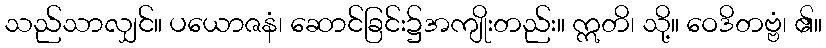
သည်သာလျှင်။ ပယောဇနံ၊ ဆောင်ခြင်း၌အကျိုးတည်း။ ဣတိ၊ သို့။ ဝေဒိတဗ္ဗံ၊ ၏။